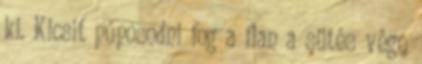
ki. Kicsit púposodni fog a flan a sütés vége